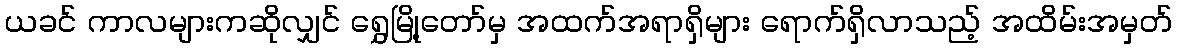
ယခင် ကာလများကဆိုလျှင် ရွှေမြို့တော်မှ အထက်အရာရှိများ ရောက်ရှိလာသည့် အထိမ်းအမှတ်